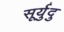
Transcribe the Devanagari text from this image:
सूर्युदु